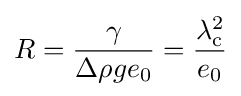
R={\frac {\gamma }{\Delta \rho ge_{0}}}={\frac {\lambda _{\rm {c}}^{2}}{e_{0}}}